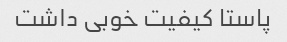
پاستا کیفیت خوبی داشت